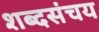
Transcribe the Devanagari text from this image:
शब्दसंचय